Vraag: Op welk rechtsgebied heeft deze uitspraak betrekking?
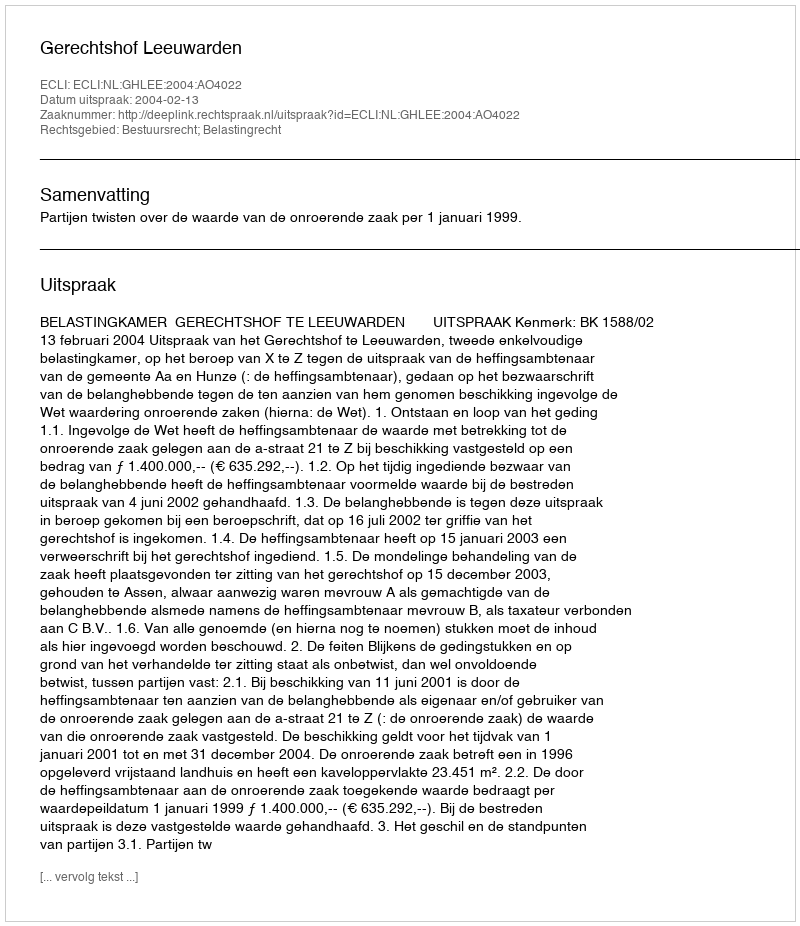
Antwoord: Bestuursrecht; Belastingrecht